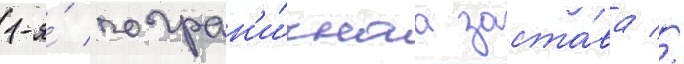
1-я́ погран'и́чнаа заста́ва //